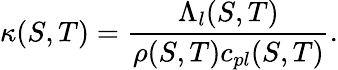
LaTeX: \kappa(S,T)=\frac{\Lambda_{l}(S,T)}{\rho(S,T)c_{pl}(S,T)}.